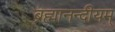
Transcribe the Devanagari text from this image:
ब्रह्मानन्दीयम्